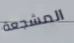
المشجعة